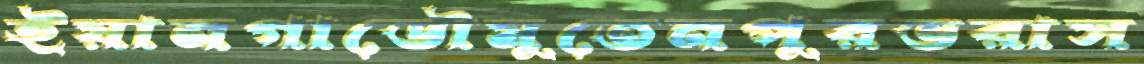
ইয়ানগাডৌমুতেনপুরভরাস